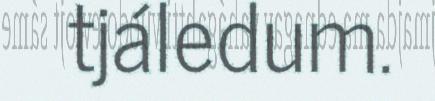
tjáledum.